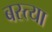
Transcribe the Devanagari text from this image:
बस्त्या